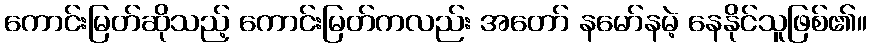
ကောင်းမြတ်ဆိုသည့် ကောင်းမြတ်ကလည်း အတော် နမော်နမဲ့ နေနိုင်သူဖြစ်၏။